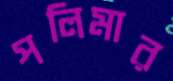
পলিমার